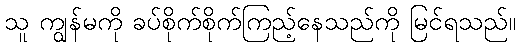
သူ ကျွန်မကို ခပ်စိုက်စိုက်ကြည့်နေသည်ကို မြင်ရသည်။